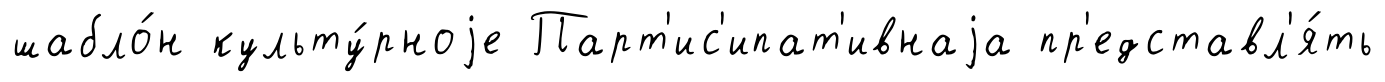
шабло́н культу́рноjе Парт'ис'ипат'ивнаjа пр'едставл'я́ть